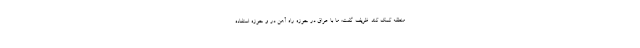
منطقه کمک کند. ظریف گفت: ما با عراق در حوزه راه آهن در و حوزه استفاده